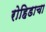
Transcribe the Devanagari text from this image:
रोहिडाचा